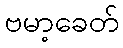
ဗမာ့ခေတ်